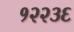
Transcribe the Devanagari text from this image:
१२२३६